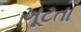
ખૂટતા